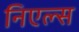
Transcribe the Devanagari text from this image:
निएल्स